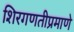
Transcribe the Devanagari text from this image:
शिरगणतीप्रमाणे